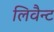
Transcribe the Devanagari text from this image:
लिवैन्ट